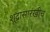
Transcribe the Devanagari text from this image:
शूद्रासारखीच